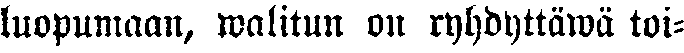
luopumaan, walitun on ryhdyttäwä toi-